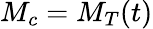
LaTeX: M_{c}=M_{T}(t)